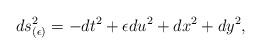
LaTeX: \begin{align*}ds^2_{(\epsilon)}=-dt^2+\epsilon du^2+dx^2+dy^2,\end{align*}